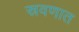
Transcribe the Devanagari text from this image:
स्रवणात